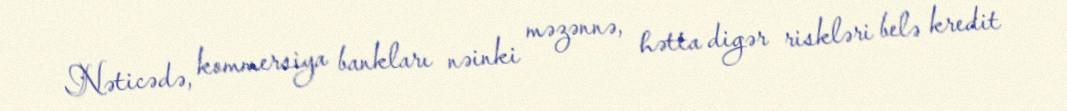
Nəticədə, kommersiya bankları nəinki məzənnə, hətta digər riskləri belə kredit